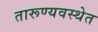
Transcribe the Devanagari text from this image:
तारूण्यवस्थेत